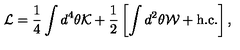
{ \cal L } = \frac { 1 } { 4 } \int d ^ { 4 } \theta { \cal K } + \frac { 1 } { 2 } \left[ \int d ^ { 2 } \theta { \cal W } + \mathrm { h . c . } \right] ,